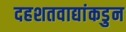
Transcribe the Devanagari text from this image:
दहशतवाद्यांकडुन